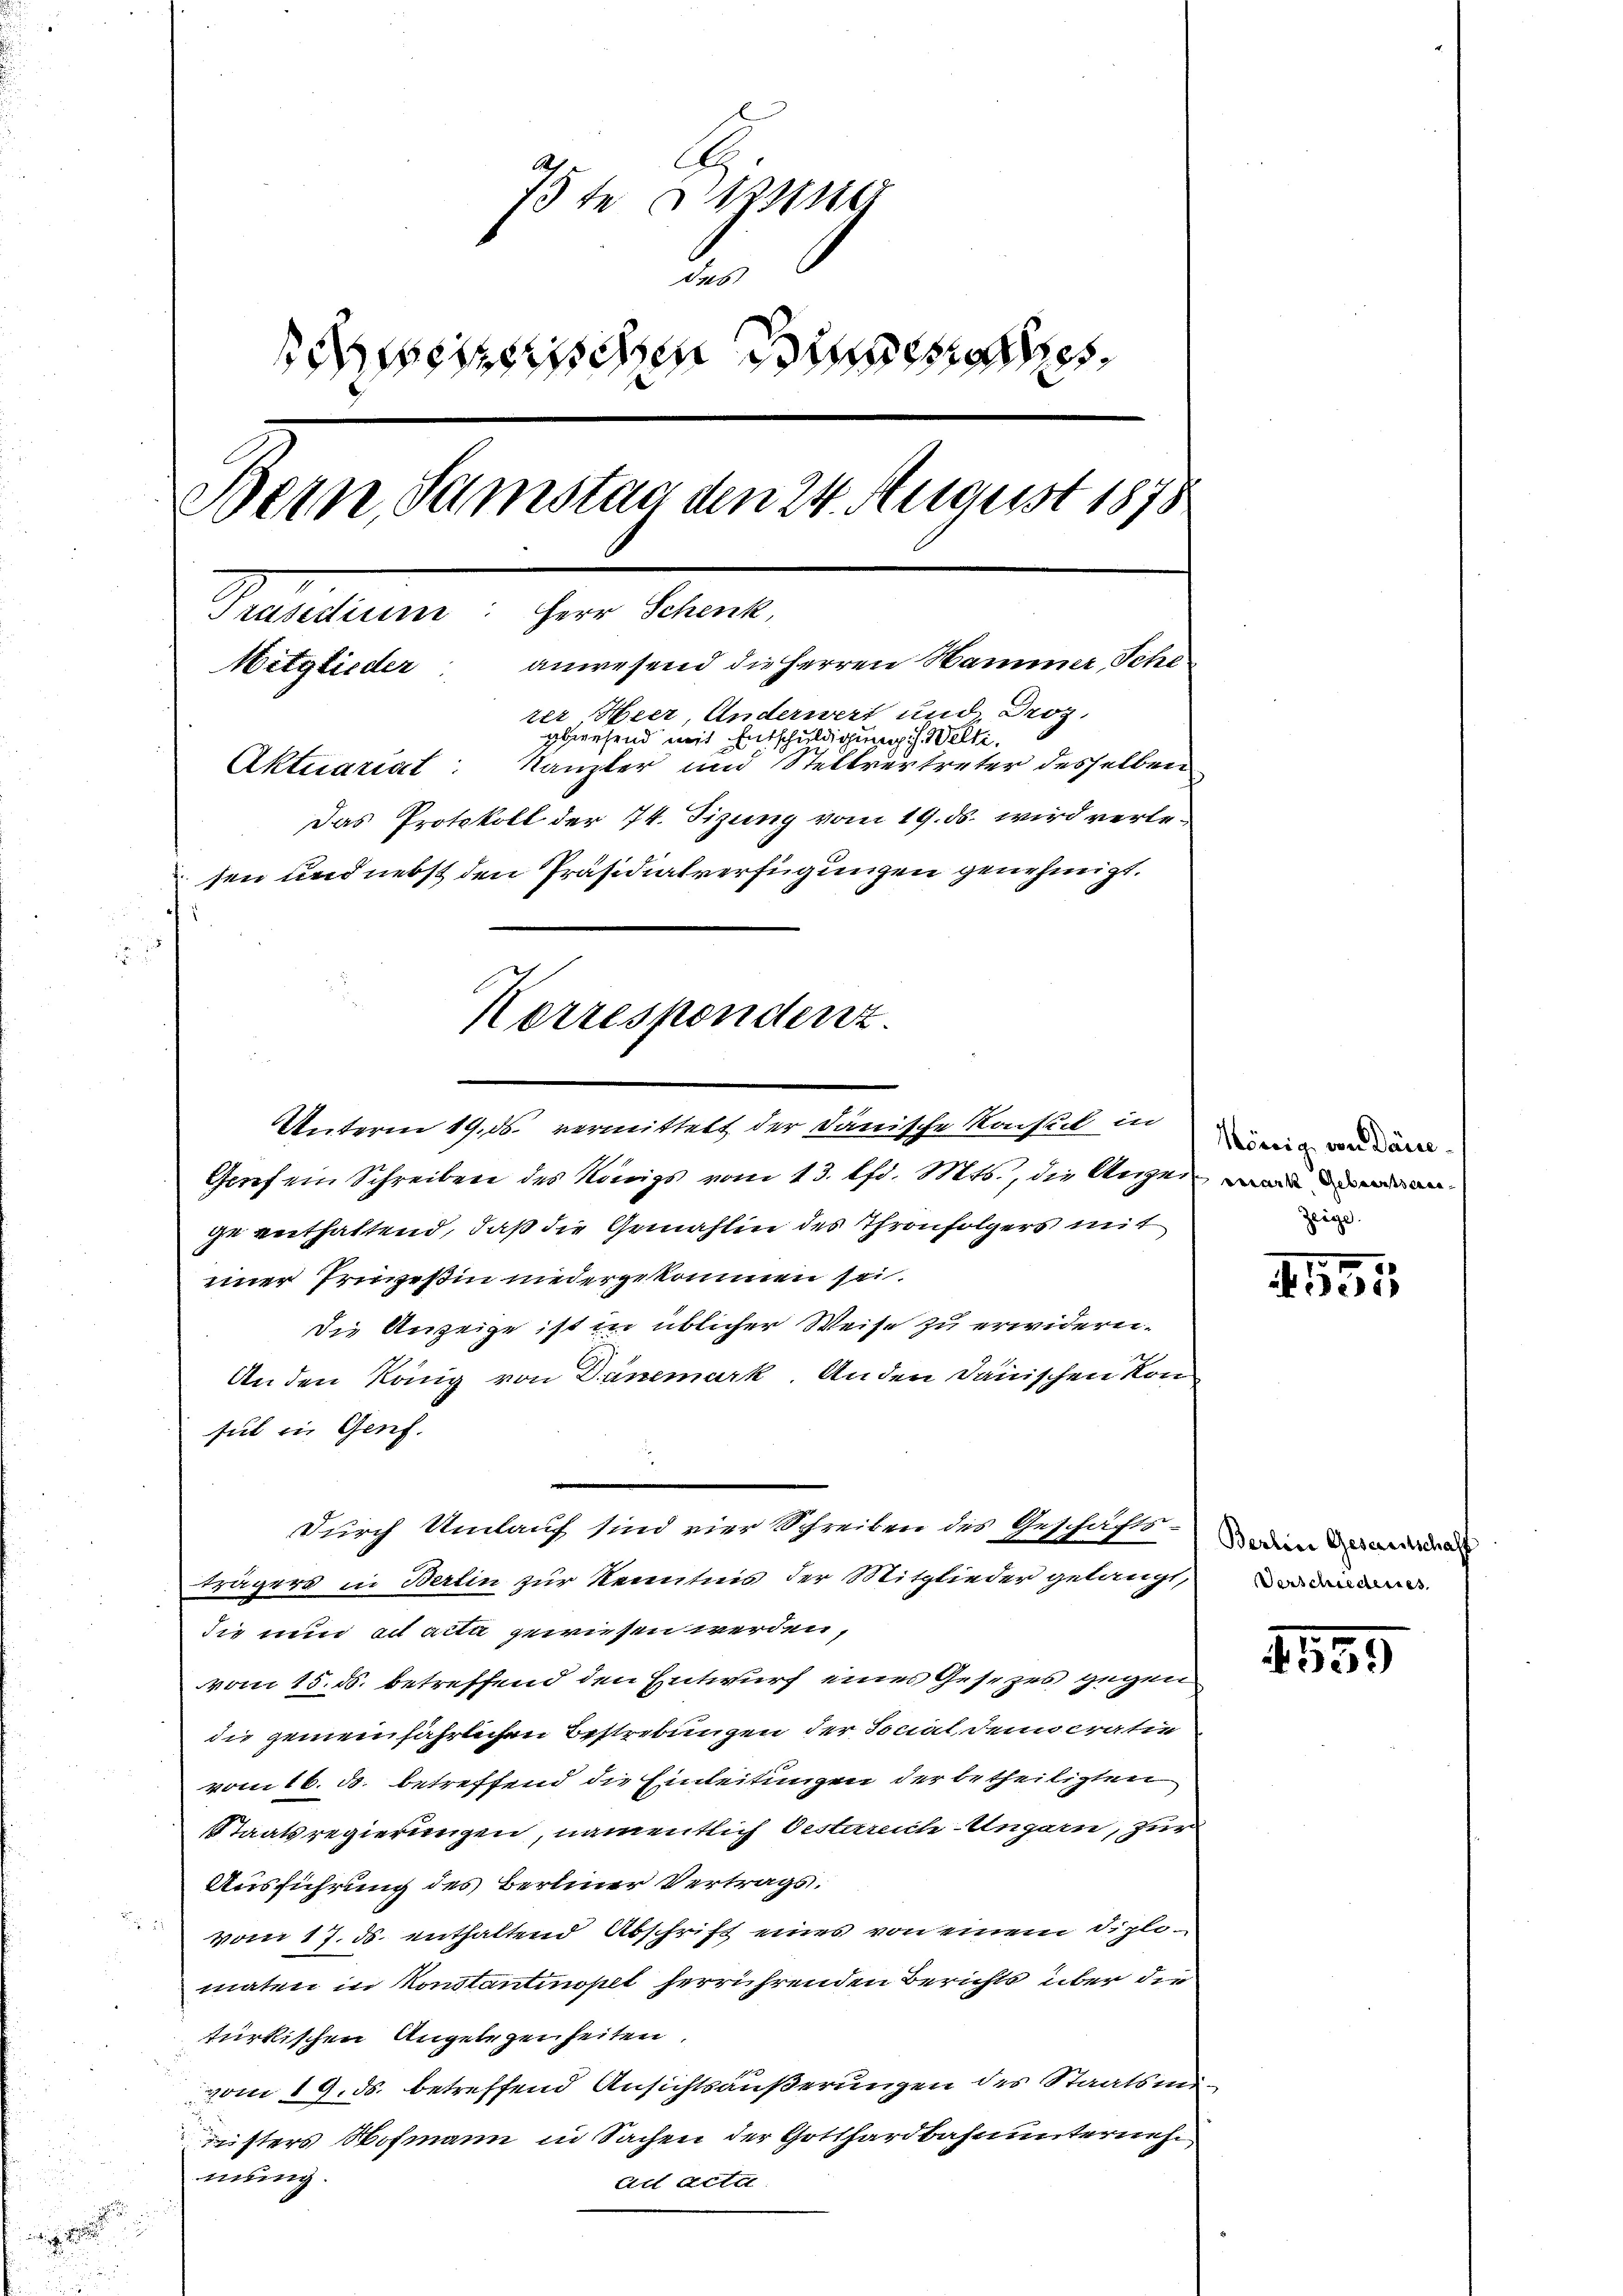
A
75te Sitzung
des
seischen Bes
Bern, Samstag den 24. August 1878
Präsidium: Herr Schenk,
Mitglieder: anwesend die Herren Hammer Sche
rer, Heer, Anderwert und Droz.
gbriefend mit Entschuldigung s. Welti,
Kanzler und Stellvertreter desselben
Aktuariat:
Das Protokoll der 74. Tizung vom 19. ds. wird verlesen und nebst den Präsidialverfügungen genehmigt.

Gosef ein Schreiben des Königs vom 13. lfd. Mts., die Urthe man
ge enthaltend, daß die Gemahlin des Thronfolgers mit
einer Prinzeßin niedergekommen sei.
Die Anzeige ist in üblicher Weise zu erwidern.
An den König von Danemark. Anden Dänischen Konsul in Genf.
trägers in Berlin zur Kenntnis der Mitglieder gelangt,
die nun ad acta gewiesen werden,
vom 15. d. betreffend den Entwurf eines Gesezes gegen
die gemeinjährlichen Bestrebungen der Sociat dem cratie
vom 16. ds. betreffend die Einleitungen der betheiligten
Staatsregierungen, namentlich bestarlich-Ungarn, zur
Ausführung des Bereiner Vertragsvom 17. ds. enthaltend Abschrift eines von einem diplomaten in Konstantinopet herrührenden Berichts über die
türkischen Angelegenheiten.
vom 19. ds. betreffend Ansichtsäußerungen des Staatsmiisters Hofmann in Sachen der Gotthardbahnunterneh
mung.
ad Actu

.

Korrespondenz
Unterm 19. ds. vermittelt der Dänische Konsul in

Durch Umlauf sind vier Schreiben des Geschäfts¬

Hörig von Daue
zeige.

0
2

Berline Gesandtschaft
Verschiederses,

1559